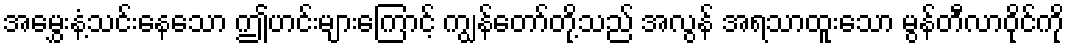
အမွှေးနံ့သင်းနေသော ဤဟင်းများကြောင့် ကျွန်တော်တို့သည် အလွန် အရသာထူးသော မွန်တီလာဝိုင်ကို